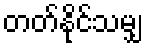
တတ်နိုင်သမျှ